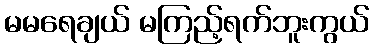
မမရေချယ် မကြည့်ရက်ဘူးကွယ်